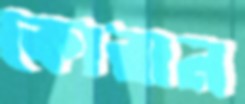
কোরান